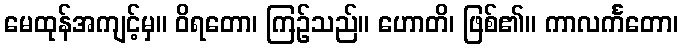
မေထုန်အကျင့်မှ။ ဝိရတော၊ ကြဉ်သည်။ ဟောတိ၊ ဖြစ်၏။ ကာလင်္ကတော၊